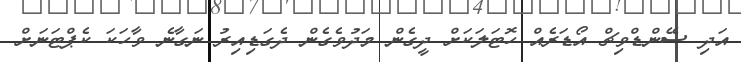
އަދި ސޭންޑްވިޗް އޯޑަރެއް ހޮޓަލަކަށް ދީގެން މަދުވެގެން ދެގަޑިއިރު ނަގާނެ ވާހަކަ ކެޕްޓަނަށް